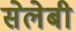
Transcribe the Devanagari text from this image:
सेलेबी